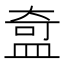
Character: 𬐣